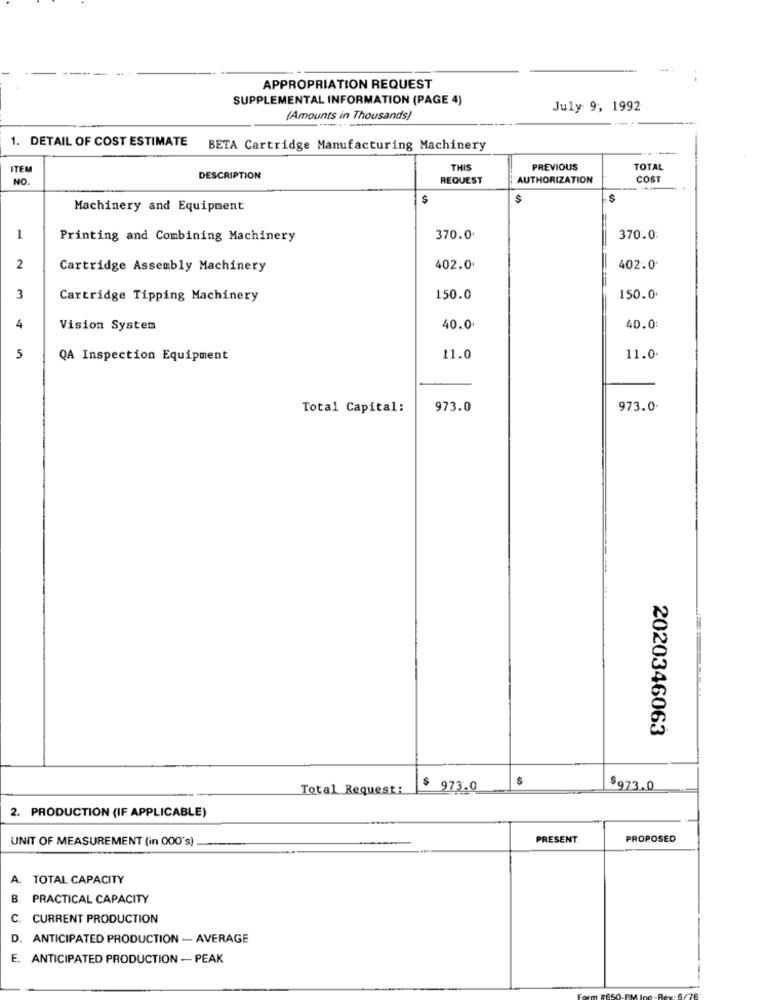
APPROPRIATION REQUEST
SUPPLEMENTAL INFORMATION (PAGE 4)
July 9, 1992
(Amounts in Thousands)
1. DETAIL OF COST ESTIMATE
BETA Cartridge Manufacturing Machinery
ITEM
THIS
PREVIOUS
TOTAL
NO.
DESCRIPTION
REQUEST
AUTHORIZATION
COST
$
Machinery and Equipment
1
Printing and Combining Machinery
370.0
370.0
2
Cartridge Assembly Machinery
402.0.
402.0'
3
Cartridge Tipping Machinery
150.0
150.0.
4
Vision System
40.0
40.0
5
QA Inspection Equipment
11.0
11.0.
Total Capital:
973.0
973.0.
2020346063
$
Total Request:
$ 973.0
$973.0
2. PRODUCTION (IF APPLICABLE)
UNIT OF MEASUREMENT (in 000's).
PRESENT.
PROPOSED
A. TOTAL CAPACITY
B. PRACTICAL CAPACITY
CURRENT PRODUCTION
D. ANTICIPATED PRODUCTION - AVERAGE
E. ANTICIPATED PRODUCTION - PEAK